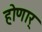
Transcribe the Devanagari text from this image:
होणार्